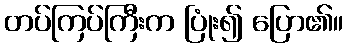
တပ်ကြပ်ကြီးက ပြုံး၍ ပြော၏။